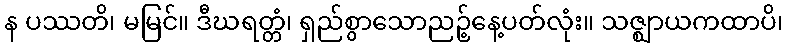
န ပဿတိ၊ မမြင်။ ဒီဃရတ္တံ၊ ရှည်စွာသောညဉ့်နေ့ပတ်လုံး။ သဇ္ဈာယကထာပိ၊